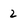
Character: 2